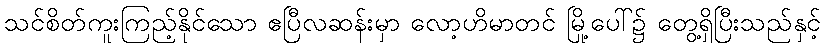
သင်စိတ်ကူးကြည့်နိုင်သော ဧပြီလဆန်းမှာ လော့ဟိမာတင် မြို့ပေါ်၌ တွေ့ရှိပြီးသည်နှင့်